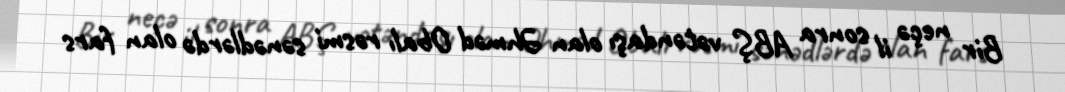
Bir neçə il sonra ABŞ vətəndaşı olan Əhməd Obalı rəsmi sənədlərdə olan fars